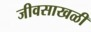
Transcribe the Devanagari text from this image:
जीवसाखळी